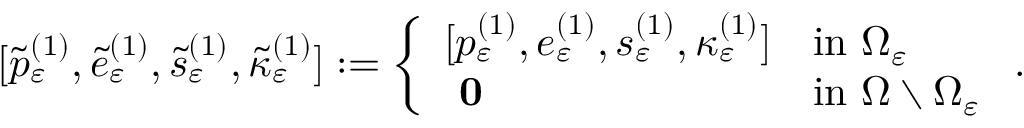
[ \widetilde { p } _ { \varepsilon } ^ { ( 1 ) } , \widetilde { e } _ { \varepsilon } ^ { ( 1 ) } , \widetilde { s } _ { \varepsilon } ^ { ( 1 ) } , \widetilde { \kappa } _ { \varepsilon } ^ { ( 1 ) } ] : = \left\{ \begin{array} { l l } { [ p _ { \varepsilon } ^ { ( 1 ) } , e _ { \varepsilon } ^ { ( 1 ) } , s _ { \varepsilon } ^ { ( 1 ) } , \kappa _ { \varepsilon } ^ { ( 1 ) } ] } & { \mathrm { i n ~ } \Omega _ { \varepsilon } } \\ { \textbf { 0 } } & { \mathrm { i n ~ } \Omega \setminus \Omega _ { \varepsilon } } \end{array} \right. .